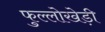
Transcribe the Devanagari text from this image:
फुल्लोखेड़ी